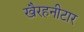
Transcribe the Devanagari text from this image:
खैरहनीटार